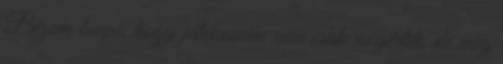
Bízom benne, hogy játékosaim nem csak megértik, de meg